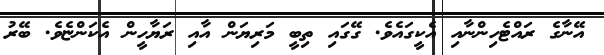
އޭނާގެ ރައްޓެހިންނާއި އެކީގައެވެ. ގޭގައި ތިބީ މަރިޔަން އާއި ރަޔާހީން އެކަންޏެވެ. ބޭރު